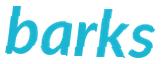
barks